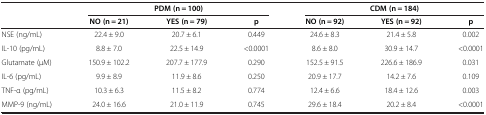
|  | <COLSPAN=3> PDM (n = 100) | <COLSPAN=3> CDM (n = 184) |
 |  | NO (n = 21) | YES (n = 79) | p | NO (n = 92) | YES (n = 92) | p |
 | --- | --- | --- | --- | --- | --- | --- |
 | NSE (ng/mL) | 22.4 ± 9.0 | 20.7 ± 6.1 | 0.449 | 24.6 ± 8.3 | 21.4 ± 5.8 | 0.002 |
 | IL-10 (pg/mL) | 8.8 ± 7.0 | 22.5 ± 14.9 | <0.0001 | 8.6 ± 8.0 | 30.9 ± 14.7 | <0.0001 |
 | Glutamate (μM) | 150.9 ± 102.2 | 207.7 ± 177.9 | 0.290 | 152.5 ± 91.5 | 226.6 ± 186.9 | 0.031 |
 | IL-6 (pg/mL) | 9.9 ± 8.9 | 11.9 ± 8.6 | 0.250 | 20.9 ± 17.7 | 14.2 ± 7.6 | 0.109 |
 | TNF-α (pg/mL) | 10.3 ± 6.3 | 11.5 ± 8.2 | 0.774 | 12.4 ± 6.6 | 18.4 ± 12.6 | 0.003 |
 | MMP-9 (ng/mL) | 24.0 ± 16.6 | 21.0 ± 11.9 | 0.745 | 29.6 ± 18.4 | 20.2 ± 8.4 | <0.0001 |